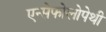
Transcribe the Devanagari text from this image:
एन्सेफोलोपेथी